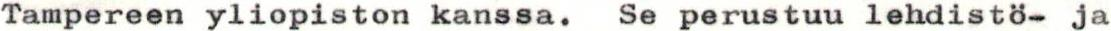
Tampereen yliopiston kanssa. Se perustuu lehdistö- ja